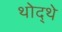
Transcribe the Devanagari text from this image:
थोद्थे